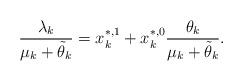
LaTeX: \begin{align*} \frac{\lambda_k}{\mu_k +\tilde\theta_k} = x_k^{*,1} +x_k ^{*,0} \frac{\theta_k}{\mu_k +\tilde\theta_k}.\end{align*}